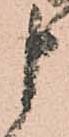
申